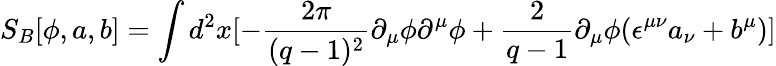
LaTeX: S_{B}[\phi,a,b]=\int d^{2}x[-\frac{2\pi}{(q-1)^{2}}\partial_{\mu}\phi\partial^{\mu}\phi+\frac{2}{q-1}\partial_{\mu}\phi(\epsilon^{\mu\nu}a_{\nu}+b^{\mu})]